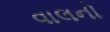
વાલનો